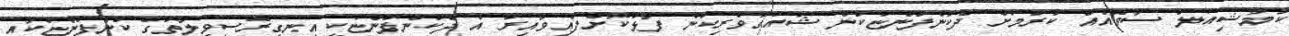
ކޮމާޝިއަލް ސާވޭއެއް ކުރުމަށް ދެކުންފުންޏަކުން ޝައުގުވެރިކަން ފާޅުކޮށްފައިވާއިރު އެ ދެކުންފުންޏަކީ އިނގިރޭސިވިލާތުގެ ކުންފުންޏަކާއި